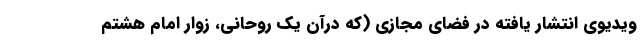
ویدیوی انتشار یافته در فضای مجازی (که درآن یک روحانی، زوار امام هشتم